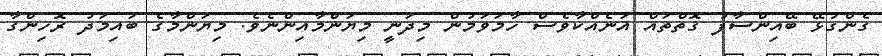
ގެންގުޅޭ ބޭއިންސާފު ގޮތްތައް އަނެއްކާވެސް ހާމަވަމުން މިދަނީ މިޔަންމާއިންނެވެ. މިޔަންމާގެ ބައިމަދު ރޮހިންގާ